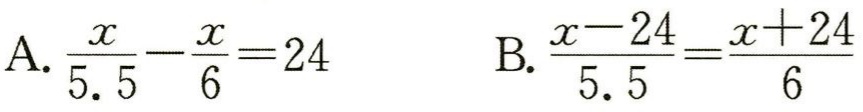
A. \(\frac{x}{5.5}-\frac{x}{6}=24\)
B. \(\frac{x - 24}{5.5}=\frac{x + 24}{6}\)